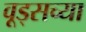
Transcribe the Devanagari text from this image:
वूड्सच्या